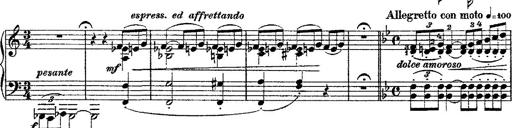
Title: Fantaisie romantique sur deux mÃ©lodies suisses
Composer: Franz Liszt